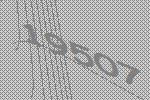
19507